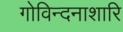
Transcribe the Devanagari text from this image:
गोविन्दनाशारि